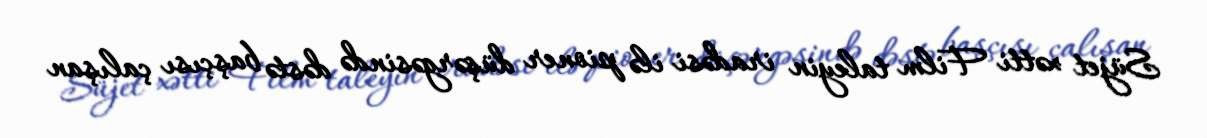
Süjet xətti Film taleyin iradəsi ilə pioner düşərgəsində dəstə başçısı çalışan